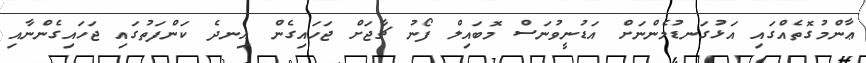
ޢާންމުގޮތެއްގައި އަޅުގަނޑުމެންނަށް އަޑުނީވުނަސް މޮބައިލް ފޯނު ޗާޖަށް ޖަހައިގެން އިނދެ ކަންފަތުގައި ޖަހައިގެންނާއި